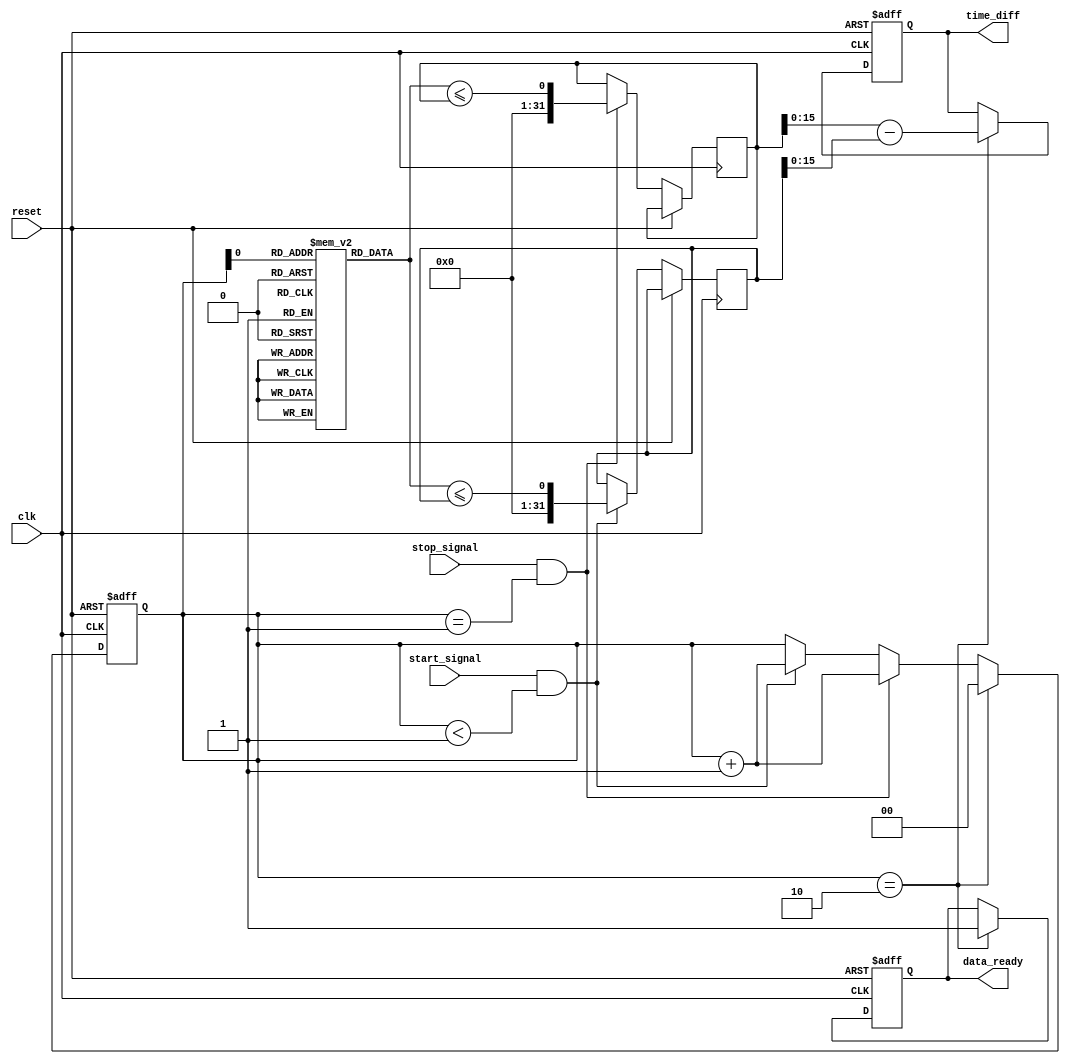
module MemoryBlocksHybridTDC (
    input wire clk,               // High-frequency clock
    input wire reset,             // Asynchronous reset
    input wire start_signal,      // Start event signal
    input wire stop_signal,       // Stop event signal
    output reg [15:0] time_diff,  // Time difference output
    output reg data_ready         // Data ready indication
);

/* 
   Parameters for memory
   You may adjust the size based on the maximum number of events expected
   This example assumes a maximum of 2 events in dual-port RAM (start and stop).
*/
parameter MEM_SIZE = 2; // Total memory size
reg [31:0] memory [0:MEM_SIZE - 1];  // Memory array for timestamps
reg [1:0] event_count; // Counter for START and STOP events
reg [31:0] start_time; // Start timestamp
reg [31:0] stop_time;  // Stop timestamp

// Event Capture and Timestamp storage logic

always @(posedge clk or posedge reset) begin
    if (reset) begin
        event_count <= 0;
        data_ready <= 0;
        time_diff <= 0;
    end else begin
        if (start_signal && event_count < 1) begin
            start_time <= // Capture current timestamp logic here
            memory[event_count] <= start_time; // Store START time
            event_count <= event_count + 1; // Increment counter
        end

        if (stop_signal && event_count == 1) begin
            stop_time <= // Capture current timestamp logic here
            memory[event_count] <= stop_time; // Store STOP time
            event_count <= event_count + 1; // Increment counter
        end

        if (event_count == 2) begin
            // Calculate the time difference
            time_diff <= stop_time - start_time; // Subtract timestamps
            data_ready <= 1; // Indicate that data is ready
            event_count <= 0; // Reset for new measurement
        end
    end
end

// Digital Processing Unit (DPU) - Placeholder for additional processing

// Output Interface - Assume serial/parallel or digital output handling

endmodule